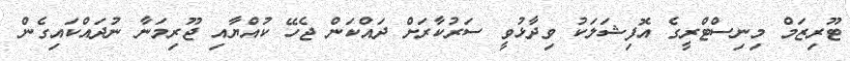
ޓޫރިޒަމް މިނިސްޓްރީގެ އޮފިޝަލަކު ވިދާޅުވީ ސަރުކާރަށް ދައްކަން ޖެހޭ ކުއްޔާއި ޖޫރިމަނާ ނުދައްކައިގެން